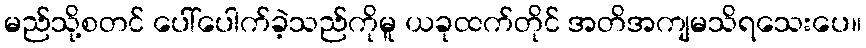
မည်သို့စတင် ပေါ်ပေါက်ခဲ့သည်ကိုမူ ယခုထက်တိုင် အတိအကျမသိရသေးပေ။